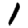
Digit: 1